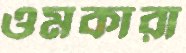
ওমকারা